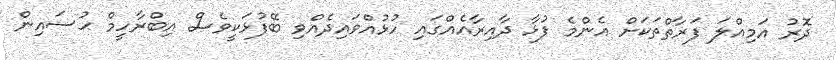
ދޮރު އަމިއްލަ ފަރާތްތަކަށް އެންމެ ފުޅާ ދާއިރާއެއްގައި ހުޅުއްވައިދެއްވި ބޭފުޅަކީވެސް އިބްރާހީމް ޙުސައިން